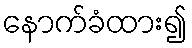
နောက်ခံထား၍